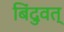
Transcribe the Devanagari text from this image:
बिंदुवत्